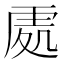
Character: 𠙚